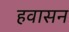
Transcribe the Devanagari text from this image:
हवासन